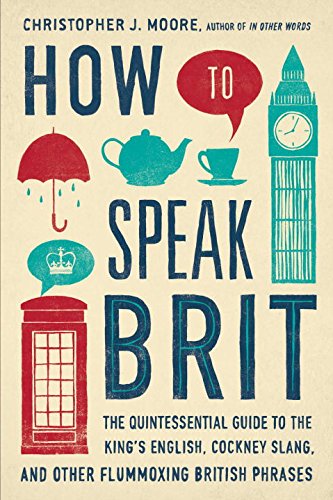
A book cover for How to Speak Brit: The Quintessential Guide to the King's English, Cockney Slang, and Other Flummoxing British Phrases; Christopher J. Moore; Reference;